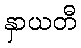
နှာယတီ